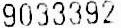
9033392